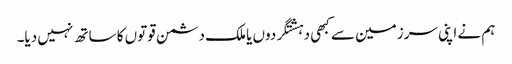
ہم نے اپنی سرزمین سے کبھی دہشتگردوں یا ملک دشمن قوتوں کا ساتھ نہیں دیا۔